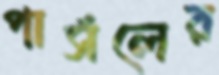
পার্সলের